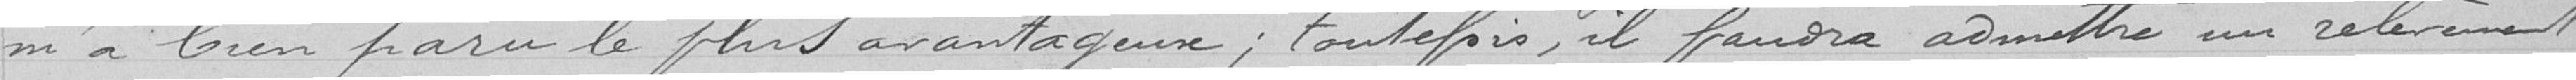
m'a bien paru le plus avantageux; toutefois, il faudra admettre un relèvement